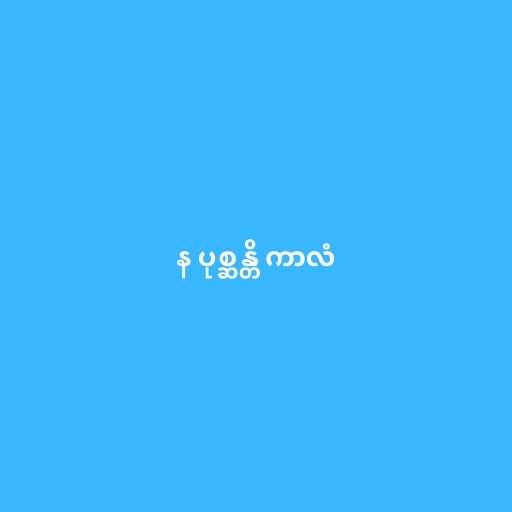
န ပုစ္ဆန္တိ ကာလံ